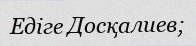
Едіге Досқалиев;